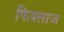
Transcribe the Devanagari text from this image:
फिक्साज